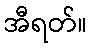
အီရတ်။